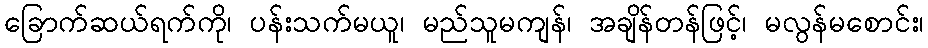
ခြောက်ဆယ်ရက်ကို၊ ပန်းသက်မယူ၊ မည်သူမကျန်၊ အချိန်တန်ဖြင့်၊ မလွန်မစောင်း၊